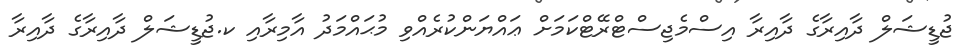
ޖުޑީޝަލް ދާއިރާގެ ދާއިރާ އިސްމެޖިސްޓްރޭޓްކަމަށް ޢައްޔަންކުރެއްވި މުޙައްމަދު އާމިރާއި ކ.ޖުޑީޝަލް ދާއިރާގެ ދާއިރާ